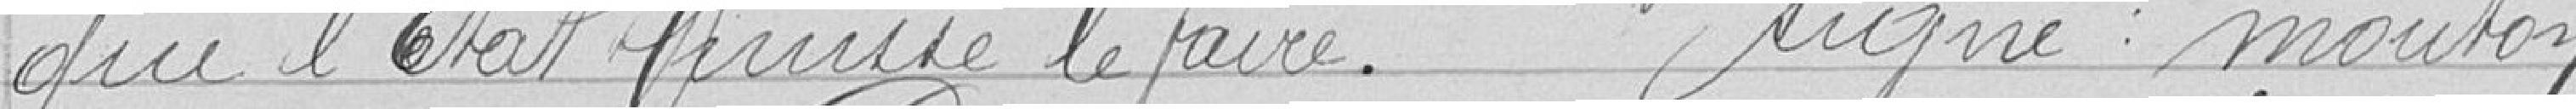
que l’État puisse le faire. signé : mouton